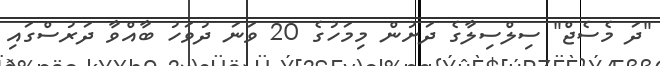
"ދަ މެސެޖް" ސިލްސިލާގެ ދަށުން މިމަހުގެ 20 ވަނަ ދުވަހު ބާއްވާ ދަރުސްގައި